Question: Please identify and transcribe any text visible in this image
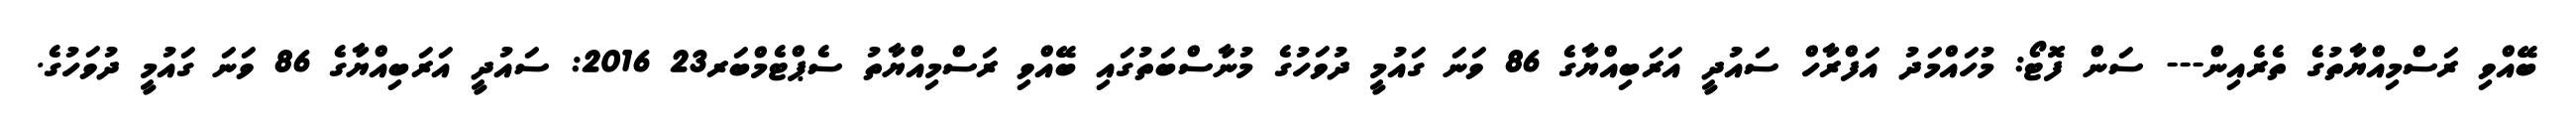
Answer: ބޭއްވި ރަސްމިއްޔާތުގެ ތެރެއިން--- ސަން ފޮޓޯ: މުހައްމަދު އަފްރާހް ސައުދީ އަރަބިއްޔާގެ 86 ވަނަ ގައުމީ ދުވަހުގެ މުނާސްބަތުގައި ބޭއްވި ރަސްމިއްޔާތު ސެޕްޓެމްބަރ23 2016: ސައުދީ އަރަބިއްޔާގެ 86 ވަނަ ގައުމީ ދުވަހުގެ.